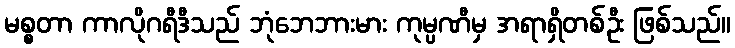
မစ္စတာ ကာလိုဂရီဒီသည် ဘုံဘေဘားမား ကုမ္ပဏီမှ အရာရှိတစ်ဦး ဖြစ်သည်။